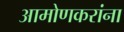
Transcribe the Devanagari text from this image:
आमोणकरांना